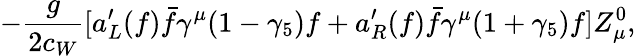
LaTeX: -\frac{g}{2c_{W}}[a_{L}^{\prime}(f)\bar{f}\gamma^{\mu}(1-\gamma_{5})f+a_{R}^{\prime}(f)\bar{f}\gamma^{\mu}(1+\gamma_{5})f]Z_{\mu}^{0},